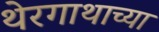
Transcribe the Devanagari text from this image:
थेरगाथाच्या